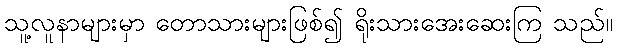
သူ့လူနာများမှာ တောသားများဖြစ်၍ ရိုးသားအေးဆေးကြ သည်။